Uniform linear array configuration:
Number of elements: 12
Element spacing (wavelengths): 1
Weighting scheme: binomial
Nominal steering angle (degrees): -45
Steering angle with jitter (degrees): -45.914
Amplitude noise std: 0.05
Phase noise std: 0.05

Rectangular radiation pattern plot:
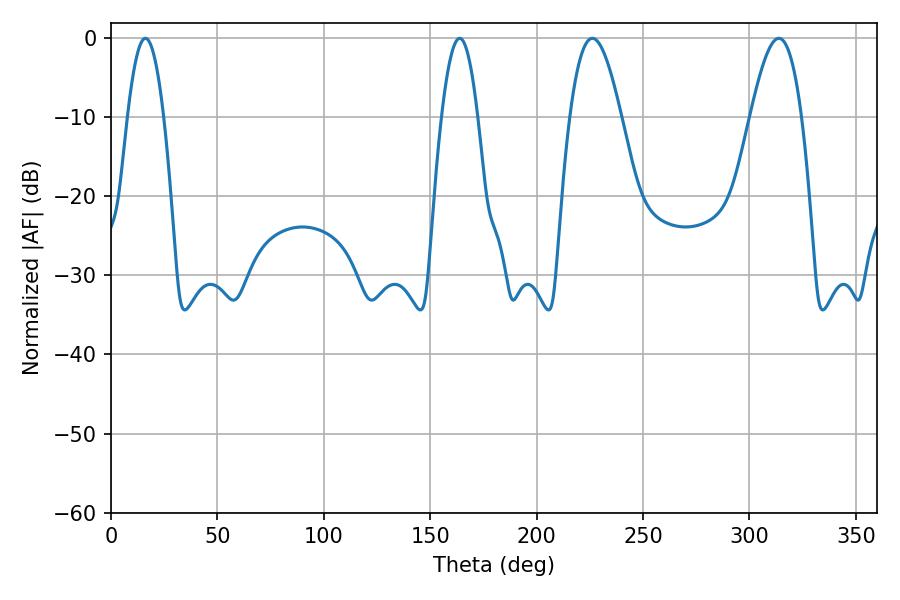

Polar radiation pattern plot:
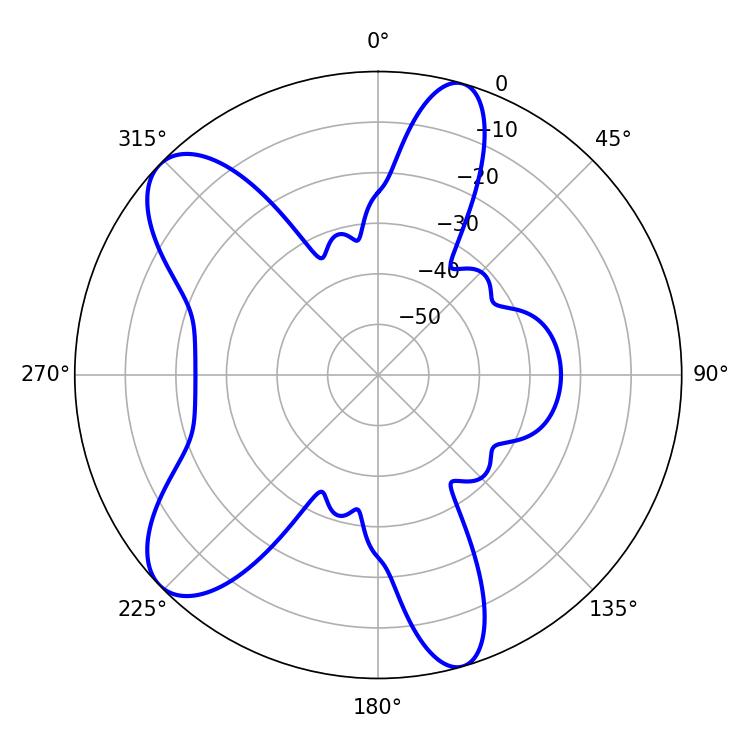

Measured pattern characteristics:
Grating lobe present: TRUE
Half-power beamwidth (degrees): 9.36
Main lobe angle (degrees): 163.8